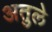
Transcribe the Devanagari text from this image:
अतुले